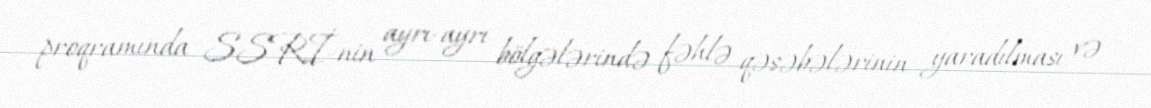
proqramında SSRİ-nin ayrı-ayrı bölgələrində fəhlə qəsəbələrinin yaradılması və